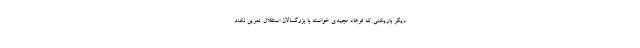
دیگر بازیکنی که فرهاد مجیدی خواسته با بزرگسالان استقلال تمرین نکند